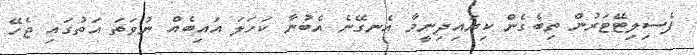
ފެސިލިޓޭޓަރުން ތިބެގެން ކިޔައިދިނީމާ އެނގޭނެ އެބުނާ ކަހަލަ އައިބެއް ނުވަތަ އަތުގައި ޖެހޭ